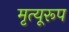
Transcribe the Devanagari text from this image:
मृत्यूरूप